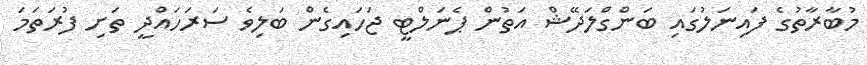
މުބާރާތުގެ ފައިނަލުގައި ބަންގްލަދޭޝް އަތުން ޕެނަލްޓީ ޖަހައިގެން ބަލިވެ ސަރަހައްދީ ތަށި ފުރަތަމަ